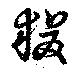
狻